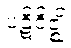
ပဋိဝိဇ္ဈိ